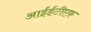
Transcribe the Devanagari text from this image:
आईईटीएफ़